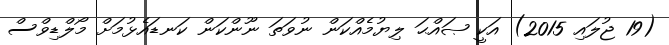
(19 ޖުލައި 2015) އަކީ ޞައްޙަ ލިޔުމެއްކަން ނުވަތަ ނޫންކަން ކަނޑައެޅުމަށް މޯލްޑިވްސް